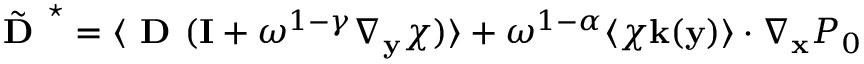
\tilde { \textbf { D } } ^ { \star } = \langle \textbf { D } ( \mathbf I + \omega ^ { 1 - \gamma } \nabla _ { \mathbf y } \boldsymbol { \chi } ) \rangle + \omega ^ { 1 - \alpha } \langle \boldsymbol { \chi } \mathbf k ( \mathbf y ) \rangle \cdot \nabla _ { \mathbf x } P _ { 0 }